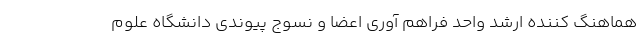
هماهنگ کننده ارشد واحد فراهم آوری اعضا و نسوج پیوندی دانشگاه علوم